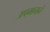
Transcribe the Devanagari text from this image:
अपमानाने